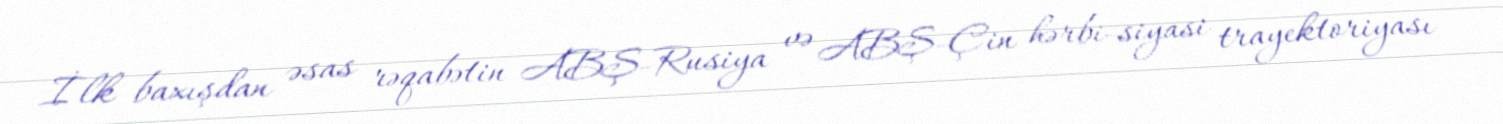
İlk baxışdan əsas rəqabətin ABŞ-Rusiya və ABŞ-Çin hərbi-siyasi trayektoriyası